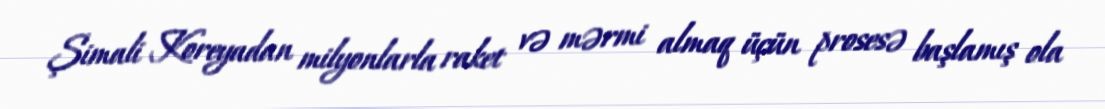
Şimali Koreyadan milyonlarla raket və mərmi almaq üçün prosesə başlamış ola